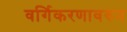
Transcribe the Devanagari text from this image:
वर्गिकरणावरुन